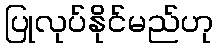
ပြုလုပ်နိုင်မည်ဟု